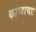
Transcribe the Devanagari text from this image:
काव्याचाः